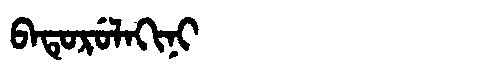
Manchu: ᠪᠠᡨᡠᡵᡠᠯᠠᡴᡳᠨᡳ
Romanization: BATURULAKINI